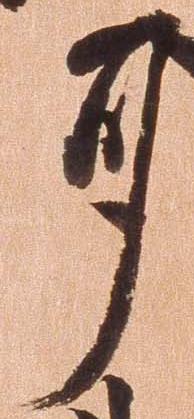
耳